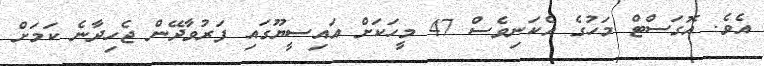
އެވެ. އޮގަސްޓް މަހުގެ އެކަނިވެސް 47 މީހަކަށް އައިސީޔޫގައި ފަރުވާދޭން ޖެހިދާނެ ކަމަށް